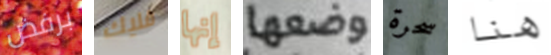
برفض فليك إنها وضعها سحرة هنا